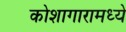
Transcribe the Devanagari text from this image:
कोशागारामध्ये